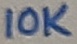
Text: 10K